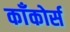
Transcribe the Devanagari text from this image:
काँकोर्स